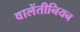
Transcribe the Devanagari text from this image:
वालेंतीनियन